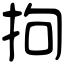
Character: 拘